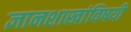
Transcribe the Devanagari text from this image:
ज्ञानशाखांविषयी